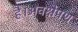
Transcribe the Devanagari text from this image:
है।अवक्षेपण